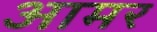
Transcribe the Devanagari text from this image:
आमर